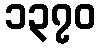
၁၃၇၀